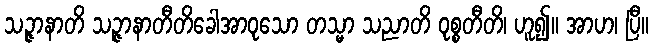
သဉ္ဇာနာတိ သဉ္ဇာနာတီတိခေါအာဝုသော တသ္မာ သညာတိ ဝုစ္စတီတိ၊ ဟူ၍။ အာဟ၊ ပြီ။